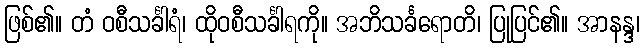
ဖြစ်၏။ တံ ဝစီသင်္ခါရံ၊ ထိုဝစီသင်္ခါရကို။ အဘိသင်္ခရောတိ၊ ပြုပြင်၏။ အာနန္ဒ၊